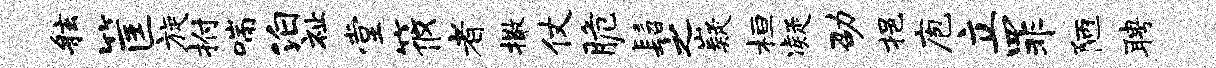
舷筐旋拊喘泊祉堂筱者撒仗脆髫之嶷桓凝劭挹庖立罪陋聘